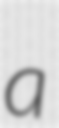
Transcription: a